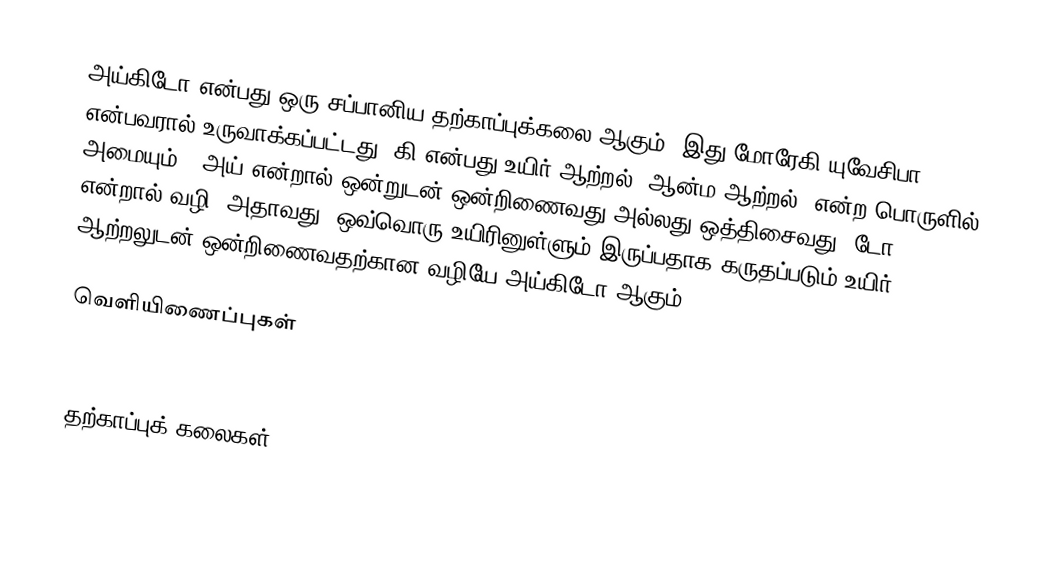
அய்கிடோ என்பது ஒரு சப்பானிய தற்காப்புக்கலை ஆகும். இது மோரேகி யுவேசிபா என்பவரால் உருவாக்கப்பட்டது. கி என்பது உயிர் ஆற்றல் [ஆன்ம ஆற்றல்] என்ற பொருளில் அமையும் ; அய் என்றால் ஒன்றுடன் ஒன்றிணைவது அல்லது ஒத்திசைவது; டோ என்றால் வழி; அதாவது, ஒவ்வொரு உயிரினுள்ளும் இருப்பதாக கருதப்படும் உயிர் ஆற்றலுடன் ஒன்றிணைவதற்கான வழியே அய்கிடோ ஆகும்.

வெளியிணைப்புகள்

தற்காப்புக் கலைகள்